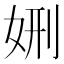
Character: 𡜇